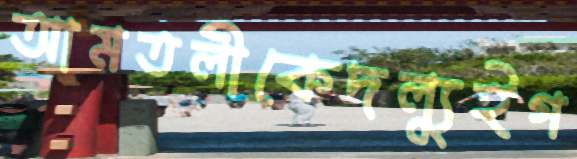
আমতলীকেদল্যুইগ